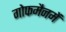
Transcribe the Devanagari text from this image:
गोफमैनमें